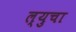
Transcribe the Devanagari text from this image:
ल्युचा